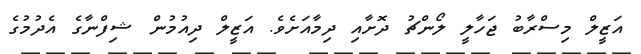
އަޒީލް މިސްރާބު ޖަހާލީ ލޯންޗު ދޮށާއި ދިމާއަށެވެ. އަޒީލް ދިއުމުން ޝިފްނާގެ އެދުމުގެ